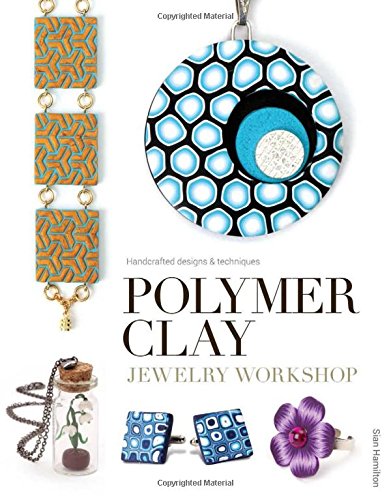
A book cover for Polymer Clay Jewelry Workshop: Handcrafted Designs & Techniques; Sian Hamilton; Crafts, Hobbies & Home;